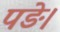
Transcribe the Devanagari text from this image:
पङे।